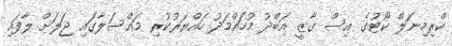
ކްރިމިނަލް ކޯޓުގެ އިސް ގާޒީ އަބްދު މުހައްމަދު ހައްޔަރުކުރި މައްސަލާގައި ޖަލަށް ލާފައި